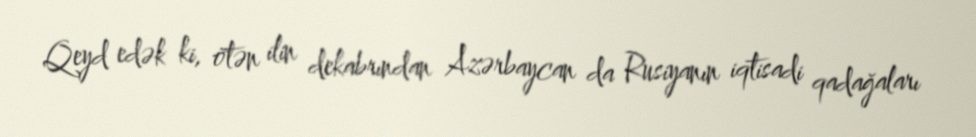
Qeyd edək ki, ötən ilin dekabrından Azərbaycan da Rusiyanın iqtisadi qadağaları